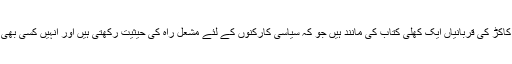
انہوں نے کہا کہ مرحوم ملک عبدالعلی کاکڑ کی قربانیاں ایک کھلی کتاب کی مانند ہیں جو کہ سیاسی کارکنوں کے لئے مشعل راہ کی حیثیت رکھتی ہیں اور انہیں کسی بھی صورت فراموش نہیں کیا جاسکتا ہے ۔